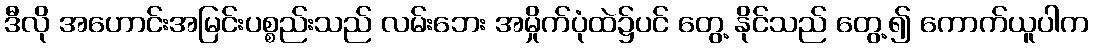
ဒီလို အဟောင်းအမြင်းပစ္စည်းသည် လမ်းဘေး အမှိုက်ပုံထဲ၌ပင် တွေ့ နိုင်သည် တွေ့၍ ကောက်ယူပါက